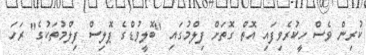
ކުރިން ވެސް ހީކުރެވިފައި އޮތް ގޮތަށް ފިލްމުގައި "ބޮލީވުޑްގެ ޕޮލިސް ފިލްމުތަކުގެ" ރަހަ